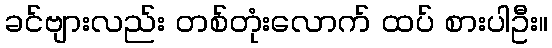
ခင်ဗျားလည်း တစ်တုံးလောက် ထပ် စားပါဦး။